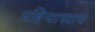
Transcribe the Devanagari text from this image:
महिन्याच्याच